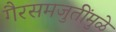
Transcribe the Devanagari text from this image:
गैरसमजुतींमुळे